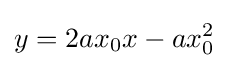
y=2ax_{0}x-ax_{0}^{2}